Burma Government Medical School reports 1907-22
Year: 1907
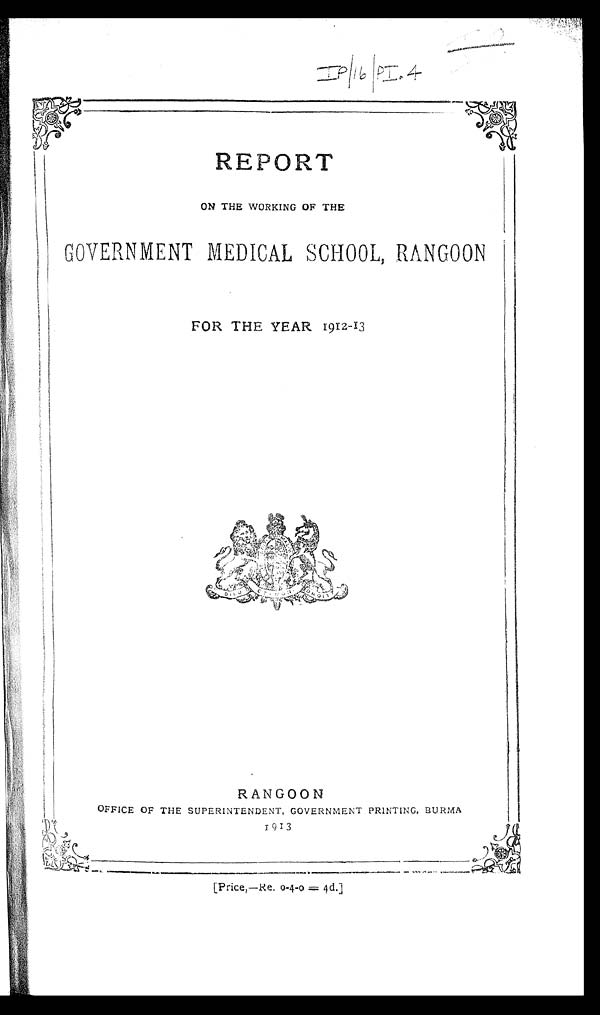
IP/16/PI.4
REPORT
ON THE WORKING OF THE
GOVERNMENT MEDICAL SCHOOL, RANGOON
FOR THE YEAR 1912-13
RANGOON
OFFICE OF THE SUPERINTENDENT, GOVERNMENT PRINTING, BURMA
1913
[Price,—Re. 0-4-0 = 4d.]